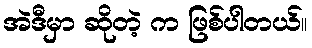
အဲဒီမှာ ဆိုတဲ့ က ဖြစ်ပါတယ်။